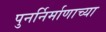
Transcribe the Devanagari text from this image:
पुनर्निर्माणाच्या